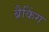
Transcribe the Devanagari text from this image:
ब्रैकिंग